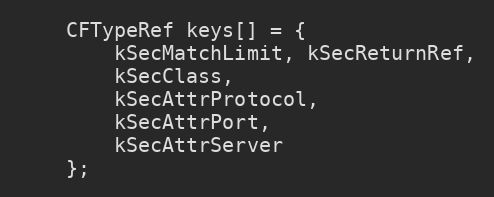
Language: C++
	CFTypeRef keys[] = {
		kSecMatchLimit, kSecReturnRef,
		kSecClass,
		kSecAttrProtocol,
		kSecAttrPort,
		kSecAttrServer
	};